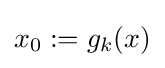
x_{0}:=g_{k}(x)